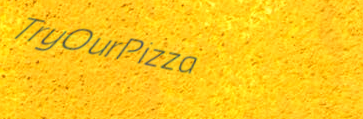
TryOurPizza